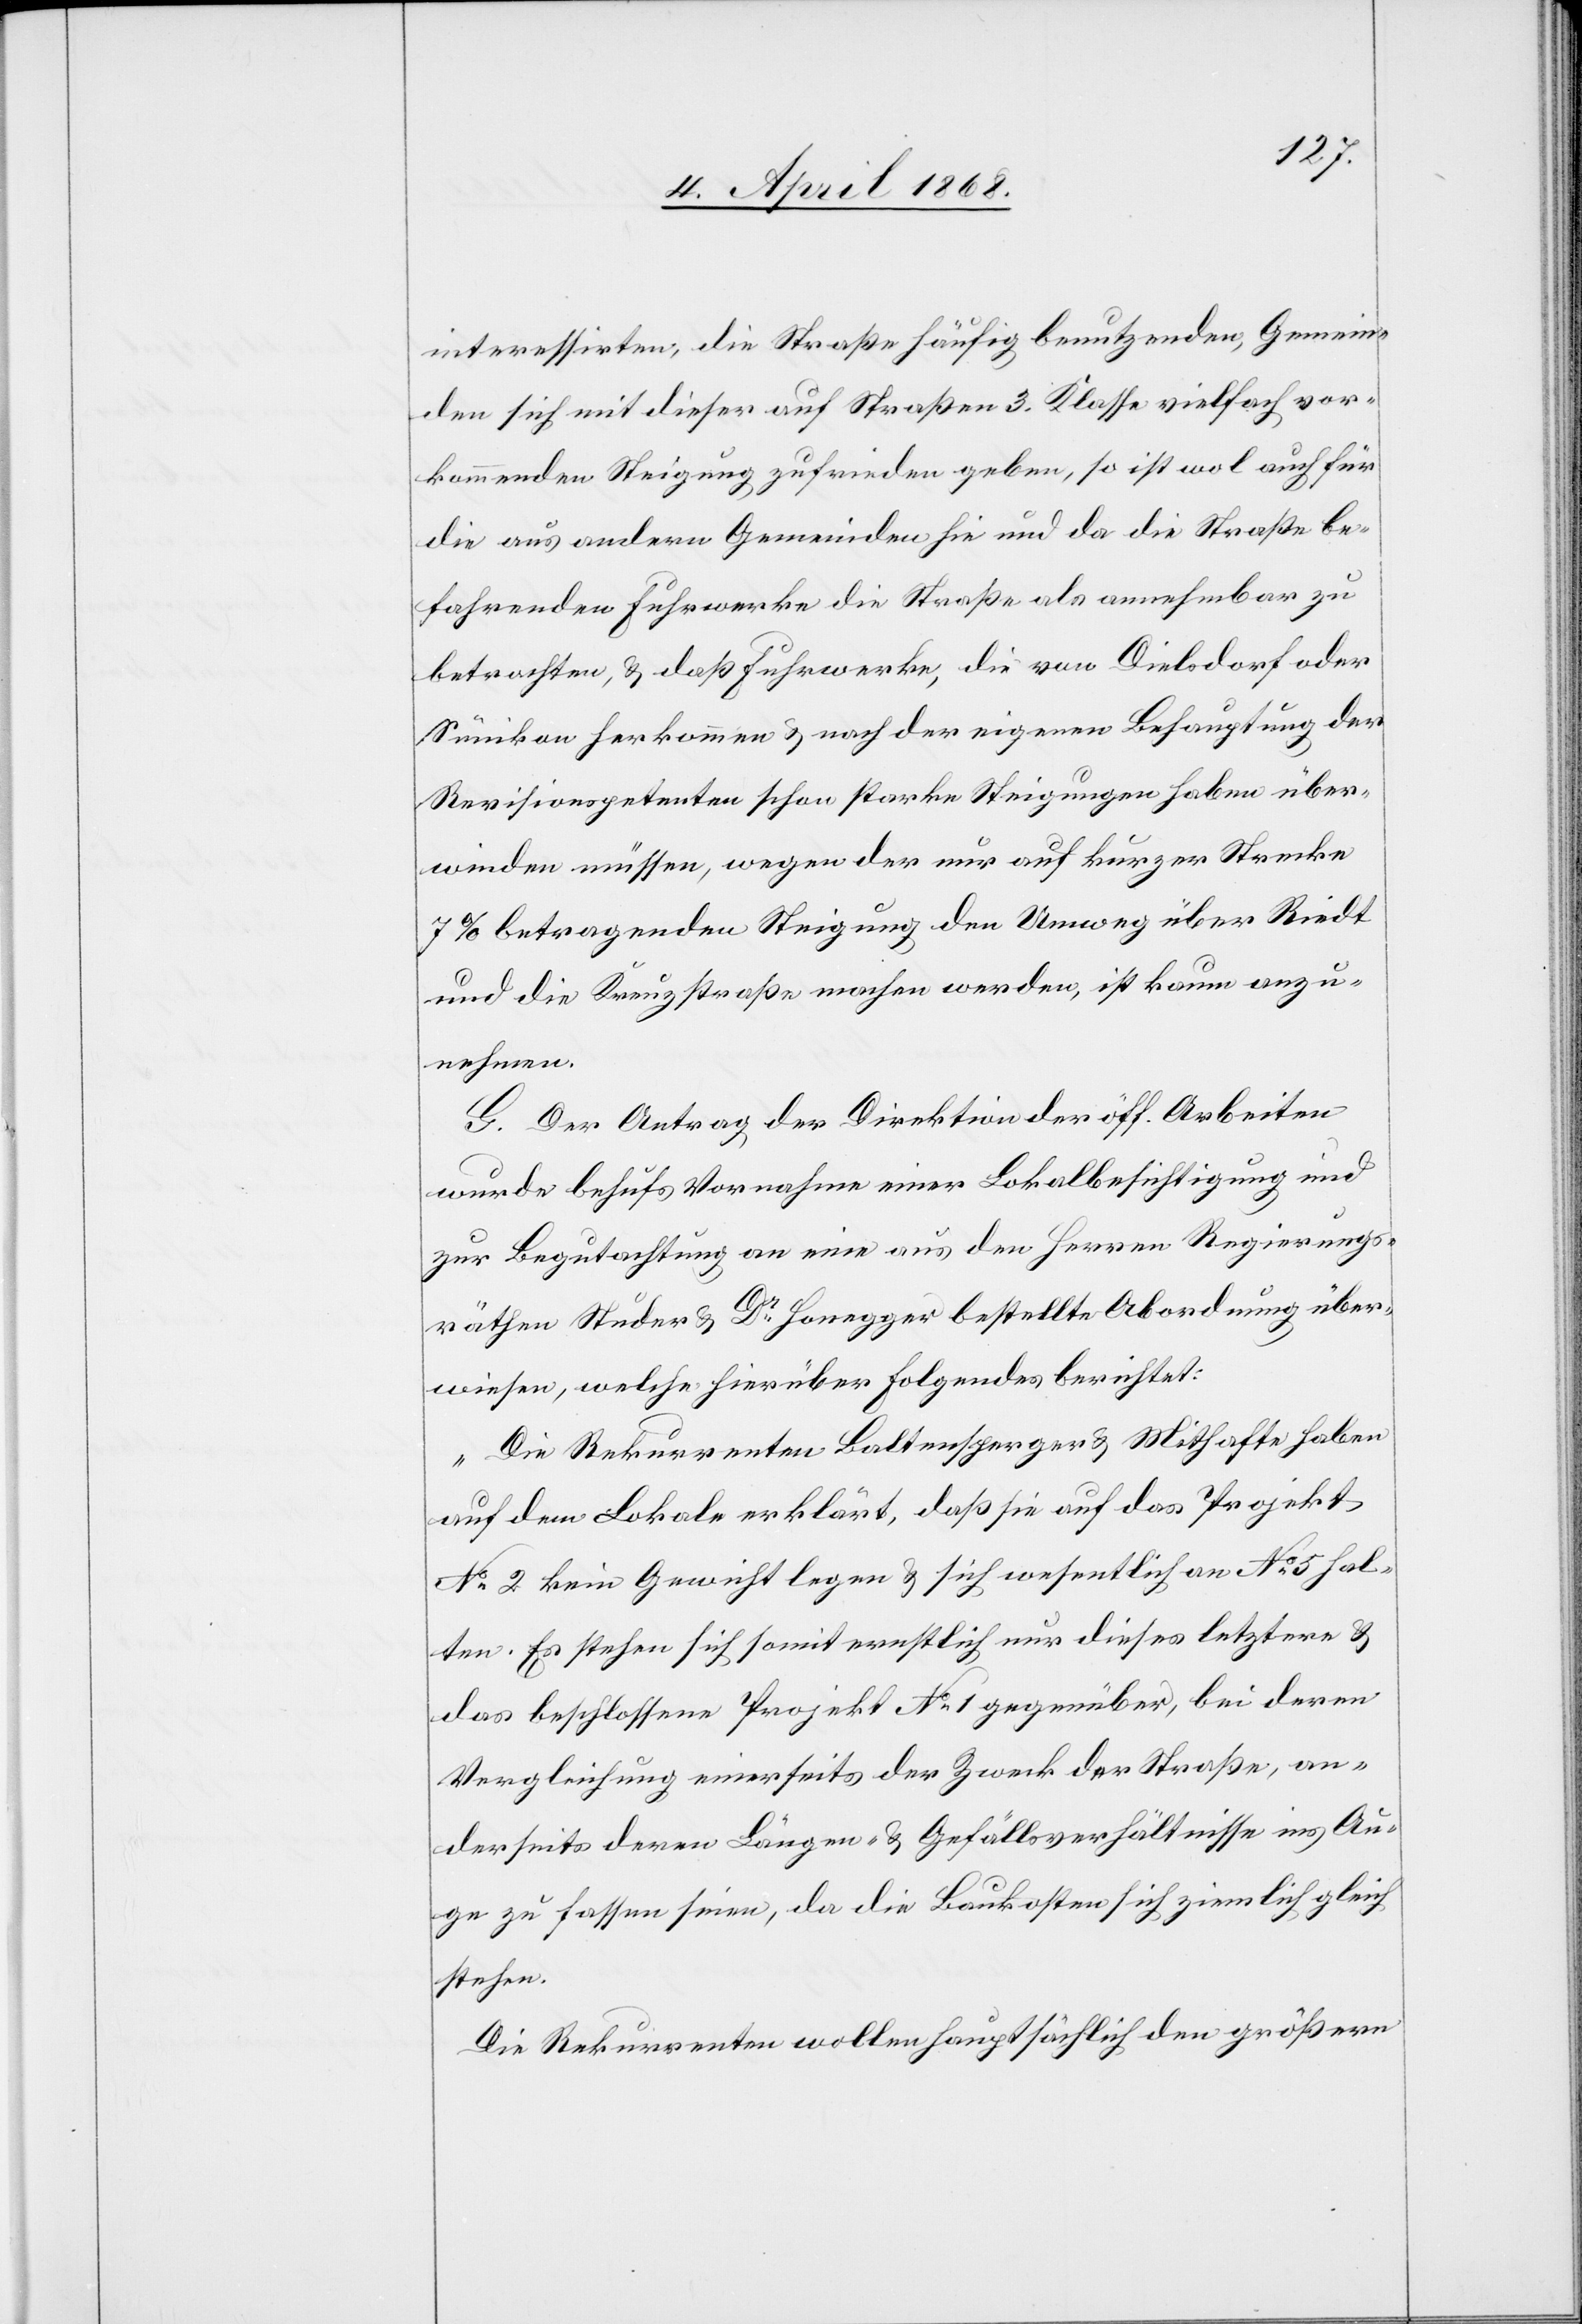
interessirten, die Straße häufig benutzenden, Gemein¬
den sich mit dieser auf Straßen 3. Klasse vielfach vor¬
kommenden Steigung zufrieden geben, so ist wol auch für
die aus andern Gemeinden hie und da die Straße be¬
fahrenden Fuhrwerke die Straße als annehmbar zu
betrachten, & daß Fuhrwerke, die von Dielsdorf oder
Sünikon herkommen & nach der eigenen Behauptung der
Revisionspetenten schon starke Steigungen haben über¬
winden müssen, wegen der nur auf kurzer Strecke
7% betragenden Steigung den Umweg über Riedt
und die Kreuzstraße machen werden, ist kaum anzu¬
nehmen.
G. Der Antrag der Direktion der öff. Arbeiten
wurde behufs Vornahme einer Lokalbesichtigung und
zur Begutachtung an eine aus den Herren Regierungs¬
räthen Studer & Dr. Honegger bestellte Abordnung über¬
wiesen, welche hierüber Folgendes berichtet:
„Die Rekurrenten Baltensperger & Mithafte haben
auf dem Lokale erklärt, das sie auf das Projekt
No. 2 kein Gewicht legen & sich wesentlich an No. 5 hal¬
ten. Es stehen sich somit ernstlich nur dieses letztere &
das beschlossene Projekt No. 1 gegenüber, bei deren
Vergleichung einerseits der Zweck der Straße, an¬
derseits deren Längen- & Gefällsverhältnisse ins Au¬
ge zu fassen seien, da die Baukosten sich ziemlich gleich
stehen.
Die Rekurrenten wollen hauptsächlich den größern